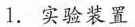
1.实验装置